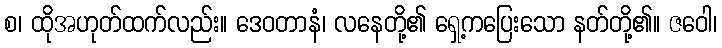
စ၊ ထိုအဟုတ်ထက်လည်း။ ဒေဝတာနံ၊ လနေတို့၏ ရှေ့ကပြေးသော နတ်တို့၏။ ဇဝေါ၊